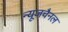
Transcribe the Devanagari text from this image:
न्यूजचैनल